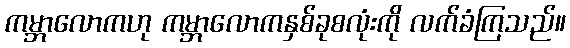
ကမ္ဘာလောကဟု ကမ္ဘာလောကနှစ်ခုစလုံးကို လက်ခံကြသည်။